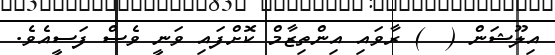
އިލޫޝަން (  ) ރާވައި އިންތިޒާމް ކޮށްފައި ވަނީ ވެސް ފަސީއެވެ.